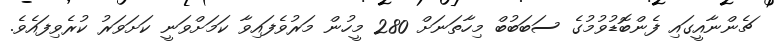
ޗެންނާއީގައި ފެންބޮޑުވުމުގެ ސަބަބުބް މިހާތަނަށް 280 މީހުން މަރުވެފައިވާ ކަމަށްވަނީ ކަށަވަރު ކުރެވިފައެެވެ.